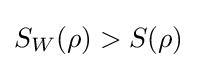
S_{W}(\rho )>S(\rho )